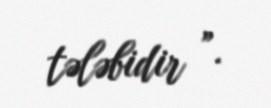
tələbidir ”.